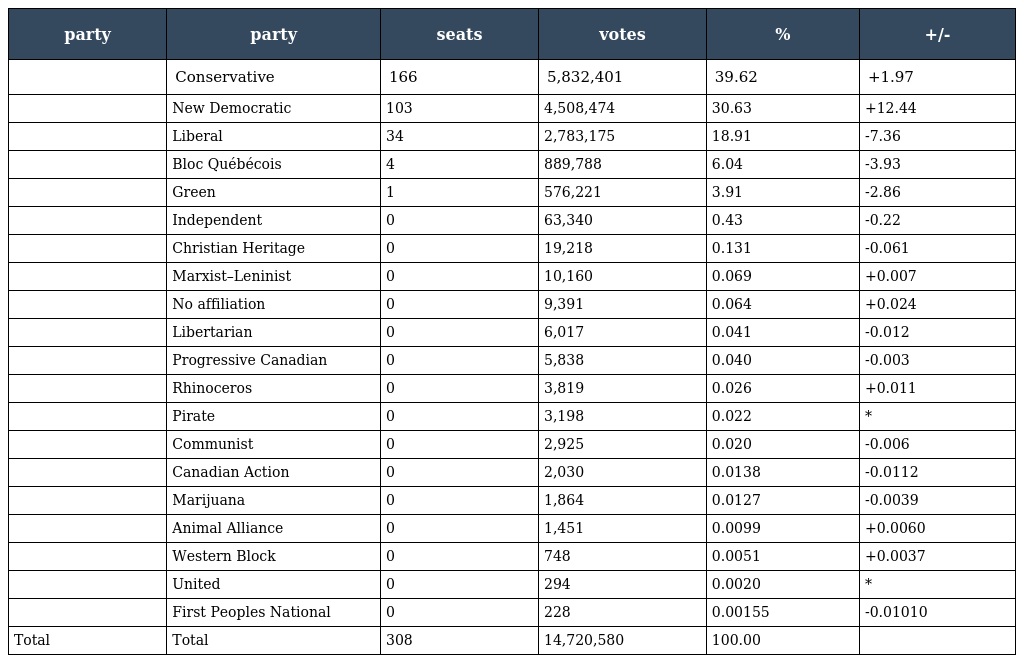
| party | party | seats | votes | % | +/- |
 | --- | --- | --- | --- | --- | --- |
 |  | Conservative | 166 | 5,832,401 | 39.62 | +1.97 |
 |  | New Democratic | 103 | 4,508,474 | 30.63 | +12.44 |
 |  | Liberal | 34 | 2,783,175 | 18.91 | -7.36 |
 |  | Bloc Québécois | 4 | 889,788 | 6.04 | -3.93 |
 |  | Green | 1 | 576,221 | 3.91 | -2.86 |
 |  | Independent | 0 | 63,340 | 0.43 | -0.22 |
 |  | Christian Heritage | 0 | 19,218 | 0.131 | -0.061 |
 |  | Marxist–Leninist | 0 | 10,160 | 0.069 | +0.007 |
 |  | No affiliation | 0 | 9,391 | 0.064 | +0.024 |
 |  | Libertarian | 0 | 6,017 | 0.041 | -0.012 |
 |  | Progressive Canadian | 0 | 5,838 | 0.040 | -0.003 |
 |  | Rhinoceros | 0 | 3,819 | 0.026 | +0.011 |
 |  | Pirate | 0 | 3,198 | 0.022 | * |
 |  | Communist | 0 | 2,925 | 0.020 | -0.006 |
 |  | Canadian Action | 0 | 2,030 | 0.0138 | -0.0112 |
 |  | Marijuana | 0 | 1,864 | 0.0127 | -0.0039 |
 |  | Animal Alliance | 0 | 1,451 | 0.0099 | +0.0060 |
 |  | Western Block | 0 | 748 | 0.0051 | +0.0037 |
 |  | United | 0 | 294 | 0.0020 | * |
 |  | First Peoples National | 0 | 228 | 0.00155 | -0.01010 |
 | Total | Total | 308 | 14,720,580 | 100.00 |  |